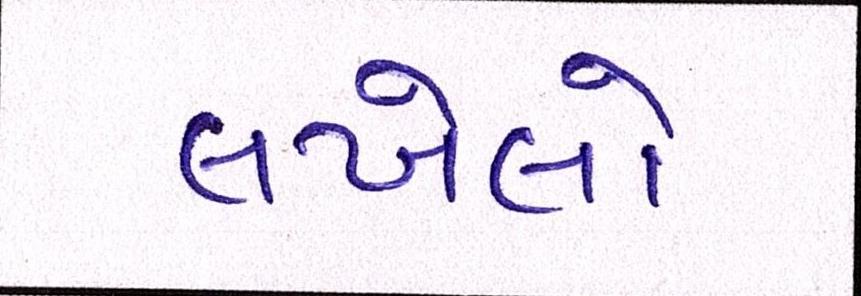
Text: લખેલો